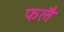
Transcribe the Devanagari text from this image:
फलै